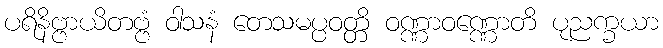
ပရိနိဗ္ဗာယိတဗ္ဗံ ဝါသနံ တေသမပ္ပဝတ္တိ ဝဏ္ဏာဝဏ္ဏောတိ ပုညက္ခယာ